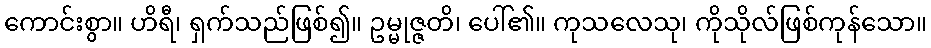
ကောင်းစွာ။ ဟိရီ၊ ရှက်သည်ဖြစ်၍။ ဥမ္မုဇ္ဇတိ၊ ပေါ်၏။ ကုသလေသု၊ ကိုသိုလ်ဖြစ်ကုန်သော။